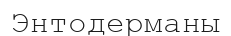
Энтодерманы